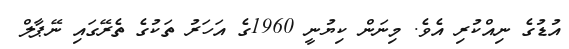
އުޑުގެ ނިއްކުރި އެވެ. މިނަން ކިޔުނީ 1960ގެ އަހަރު ތަކުގެ ތެރޭގައި ނޭޕާލް